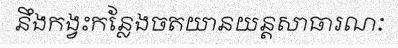
នឹងកង្វះកន្លែងចតយានយន្តសាធារណៈ